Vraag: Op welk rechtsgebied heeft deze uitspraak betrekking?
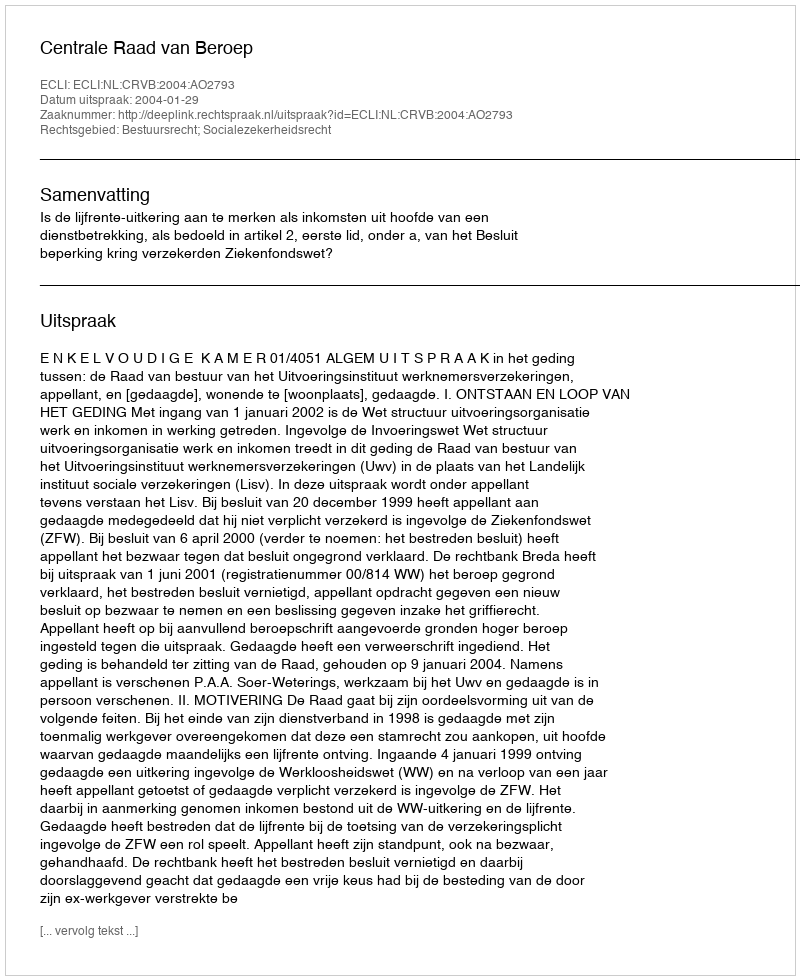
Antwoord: Bestuursrecht; Socialezekerheidsrecht